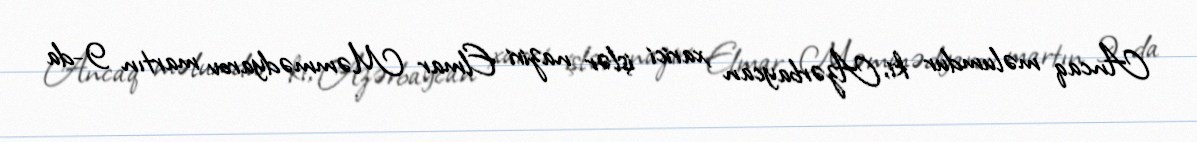
Ancaq məlumdur ki, Azərbaycan xarici işlər naziri Elmar Məmmədyarov martın 9-da